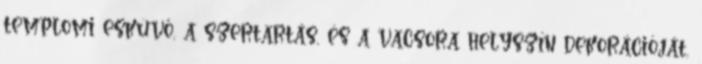
templomi esküvő, a szertartás, és a vacsora helyszín dekorációját,